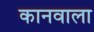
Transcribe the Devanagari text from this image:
कानवाला